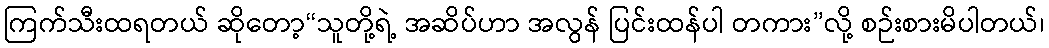
ကြက်သီးထရတယ် ဆိုတော့“သူတို့ရဲ့ အဆိပ်ဟာ အလွန် ပြင်းထန်ပါ တကား”လို့ စဉ်းစားမိပါတယ်၊